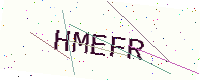
Text: HMEFR